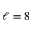
\ell = 8